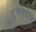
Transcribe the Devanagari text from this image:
पुरुषदत्त